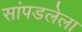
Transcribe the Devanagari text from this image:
सांपडलेला